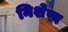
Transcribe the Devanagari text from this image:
निशेष्य